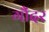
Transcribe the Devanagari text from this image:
गौंदर